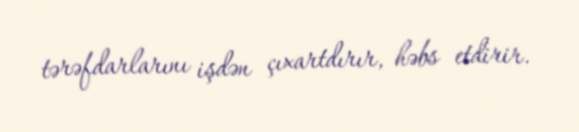
tərəfdarlarını işdən çıxartdırır, həbs etdirir.